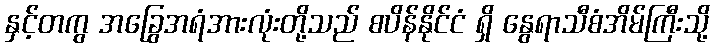
နှင့်တကွ အခြွေအရံအားလုံးတို့သည် စပိန်နိုင်ငံ ရှိ နွေရာသီစံအိမ်ကြီးသို့